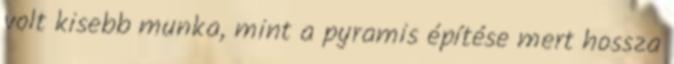
volt kisebb munka, mint a pyramis építése mert hossza